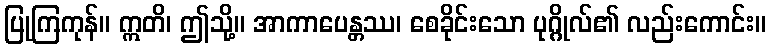
ပြုကြကုန်။ ဣတိ၊ ဤသို့။ အာကာပေန္တဿ၊ စေခိုင်းသော ပုဂ္ဂိုလ်၏ လည်းကောင်း။